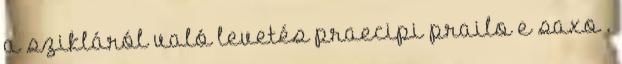
a szikláról való levetés praecipi prailo e saxo .